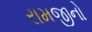
રામજીનો